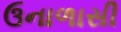
ઉનાળાસી